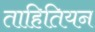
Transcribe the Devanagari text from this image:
ताहितियन